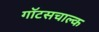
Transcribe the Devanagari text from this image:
गॉटसचाल्क